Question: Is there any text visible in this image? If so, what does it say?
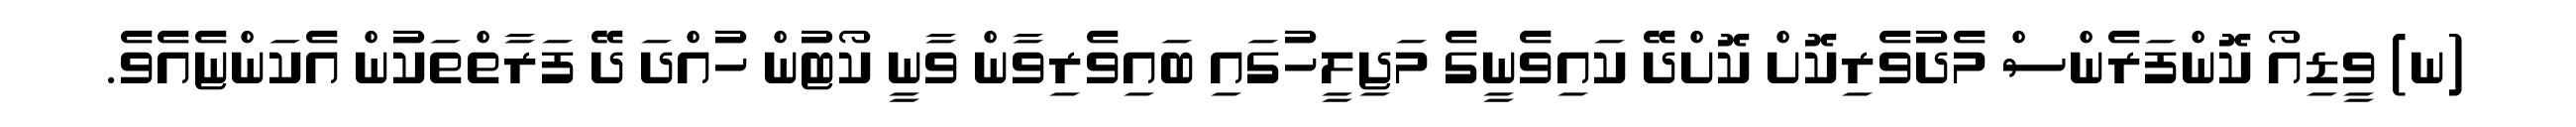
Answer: (ނ) ވީޑިއޯ ކޮންފަރެންސް މެދުވެރިކޮށް ކޮށްދޭ ކައިވެނީގެ މަޖިލީހުގައި ބައިވެރިވާން ވާނީ ކޯޓުން ހުއްދަ ދޭ ފަރާތްތަކުން އެކަންޏެއެވެ.